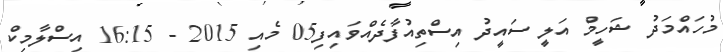
މުހައްމަދު ޝަހީމް އަލީ ސައީދު އިސްތިއުފާދެއްވައިފި05 މެއި 2015 - 16:15 އިސްލާމިކް